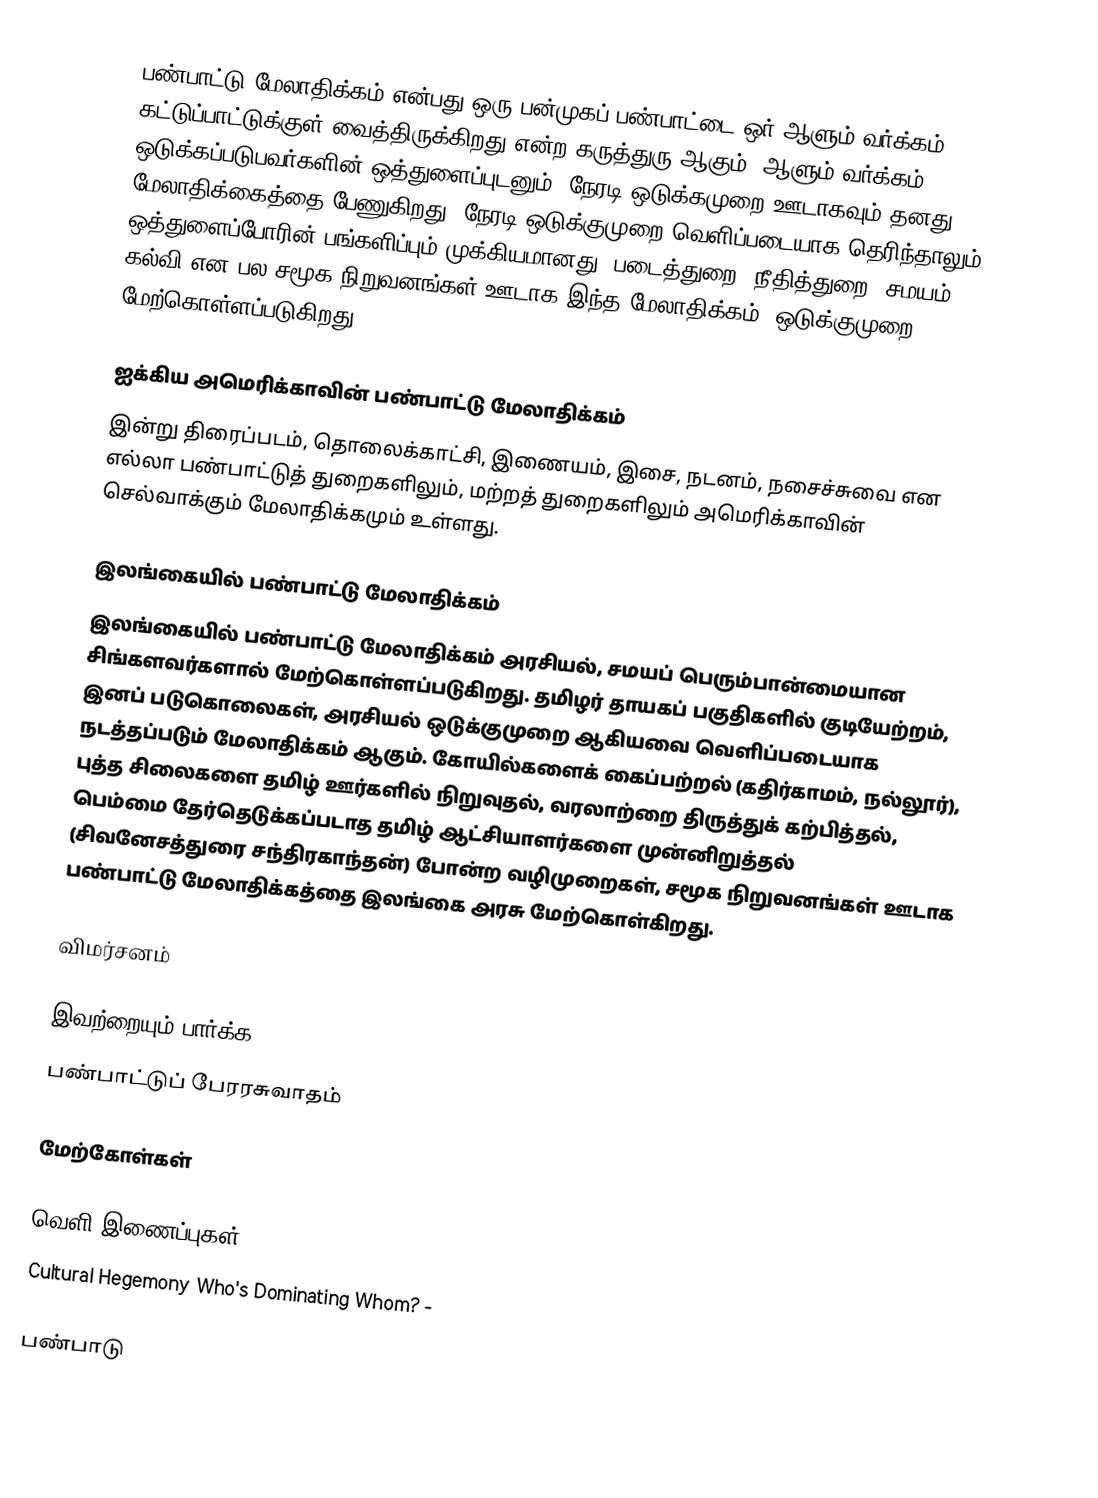
பண்பாட்டு மேலாதிக்கம் என்பது ஒரு பன்முகப் பண்பாட்டை ஒர் ஆளும் வர்க்கம் கட்டுப்பாட்டுக்குள் வைத்திருக்கிறது என்ற கருத்துரு ஆகும்.  ஆளும் வர்க்கம் ஒடுக்கப்படுபவர்களின் ஒத்துளைப்புடனும், நேரடி ஒடுக்கமுறை ஊடாகவும் தனது மேலாதிக்கைத்தை பேணுகிறது.  நேரடி ஒடுக்குமுறை வெளிப்படையாக தெரிந்தாலும், ஒத்துளைப்போரின் பங்களிப்பும் முக்கியமானது.  படைத்துறை, நீதித்துறை, சமயம், கல்வி என பல சமூக நிறுவனங்கள் ஊடாக இந்த மேலாதிக்கம், ஒடுக்குமுறை மேற்கொள்ளப்படுகிறது.

ஐக்கிய அமெரிக்காவின் பண்பாட்டு மேலாதிக்கம்
இன்று திரைப்படம், தொலைக்காட்சி, இணையம், இசை, நடனம், நசைச்சுவை என எல்லா பண்பாட்டுத் துறைகளிலும், மற்றத் துறைகளிலும் அமெரிக்காவின் செல்வாக்கும் மேலாதிக்கமும் உள்ளது.

இலங்கையில் பண்பாட்டு மேலாதிக்கம்
இலங்கையில் பண்பாட்டு மேலாதிக்கம் அரசியல், சமயப் பெரும்பான்மையான சிங்களவர்களால் மேற்கொள்ளப்படுகிறது.  தமிழர் தாயகப் பகுதிகளில் குடியேற்றம், இனப் படுகொலைகள், அரசியல் ஒடுக்குமுறை ஆகியவை வெளிப்படையாக நடத்தப்படும் மேலாதிக்கம் ஆகும்.  கோயில்களைக் கைப்பற்றல் (கதிர்காமம், நல்லூர்), புத்த சிலைகளை தமிழ் ஊர்களில் நிறுவுதல், வரலாற்றை திருத்துக் கற்பித்தல், பெம்மை தேர்தெடுக்கப்படாத தமிழ் ஆட்சியாளர்களை முன்னிறுத்தல் (சிவனேசத்துரை சந்திரகாந்தன்) போன்ற வழிமுறைகள், சமூக நிறுவனங்கள் ஊடாக பண்பாட்டு மேலாதிக்கத்தை இலங்கை அரசு மேற்கொள்கிறது.

விமர்சனம்

இவற்றையும் பார்க்க
 பண்பாட்டுப் பேரரசுவாதம்

மேற்கோள்கள்

வெளி இணைப்புகள்
 Cultural Hegemony Who's Dominating Whom?  -

பண்பாடு